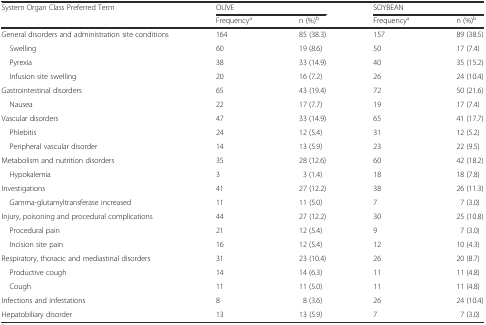
<table><thead><tr><td rowspan="2"><b>System Organ Class Preferred Term</b></td><td colspan="2"><b>OLIVE</b></td><td colspan="2"><b>SOYBEAN</b></td></tr><tr><td><b>Frequency<sup>a</sup></b></td><td><b>n (%)<sup>b</sup></b></td><td><b>Frequency<sup>a</sup></b></td><td><b>n (%)<sup>b</sup></b></td></tr></thead><tbody><tr><td>General disorders and administration site conditions</td><td>164</td><td>85 (38.3)</td><td>157</td><td>89 (38.5)</td></tr><tr><td> Swelling</td><td>60</td><td>19 (8.6)</td><td>50</td><td>17 (7.4)</td></tr><tr><td> Pyrexia</td><td>38</td><td>33 (14.9)</td><td>40</td><td>35 (15.2)</td></tr><tr><td> Infusion site swelling</td><td>20</td><td>16 (7.2)</td><td>26</td><td>24 (10.4)</td></tr><tr><td>Gastrointestinal disorders</td><td>65</td><td>43 (19.4)</td><td>72</td><td>50 (21.6)</td></tr><tr><td> Nausea</td><td>22</td><td>17 (7.7)</td><td>19</td><td>17 (7.4)</td></tr><tr><td>Vascular disorders</td><td>47</td><td>33 (14.9)</td><td>65</td><td>41 (17.7)</td></tr><tr><td> Phlebitis</td><td>24</td><td>12 (5.4)</td><td>31</td><td>12 (5.2)</td></tr><tr><td> Peripheral vascular disorder</td><td>14</td><td>13 (5.9)</td><td>23</td><td>22 (9.5)</td></tr><tr><td>Metabolism and nutrition disorders</td><td>35</td><td>28 (12.6)</td><td>60</td><td>42 (18.2)</td></tr><tr><td> Hypokalemia</td><td>3</td><td>3 (1.4)</td><td>18</td><td>18 (7.8)</td></tr><tr><td>Investigations</td><td>41</td><td>27 (12.2)</td><td>38</td><td>26 (11.3)</td></tr><tr><td> Gamma-glutamyltransferase increased</td><td>11</td><td>11 (5.0)</td><td>7</td><td>7 (3.0)</td></tr><tr><td>Injury, poisoning and procedural complications</td><td>44</td><td>27 (12.2)</td><td>30</td><td>25 (10.8)</td></tr><tr><td> Procedural pain</td><td>21</td><td>12 (5.4)</td><td>9</td><td>7 (3.0)</td></tr><tr><td> Incision site pain</td><td>16</td><td>12 (5.4)</td><td>12</td><td>10 (4.3)</td></tr><tr><td>Respiratory, thoracic and mediastinal disorders</td><td>31</td><td>23 (10.4)</td><td>26</td><td>20 (8.7)</td></tr><tr><td> Productive cough</td><td>14</td><td>14 (6.3)</td><td>11</td><td>11 (4.8)</td></tr><tr><td> Cough</td><td>11</td><td>11 (5.0)</td><td>11</td><td>11 (4.8)</td></tr><tr><td>Infections and infestations</td><td>8</td><td>8 (3.6)</td><td>26</td><td>24 (10.4)</td></tr><tr><td>Hepatobiliary disorder</td><td>13</td><td>13 (5.9)</td><td>7</td><td>7 (3.0)</td></tr></tbody></table>